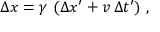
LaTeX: \Delta x = \gamma \ ( \Delta x ^ { \prime } + v \, \Delta t ^ { \prime } ) \ ,